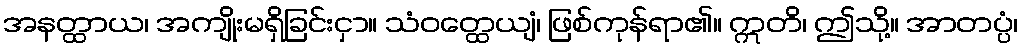
အနတ္ထာယ၊ အကျိုးမရှိခြင်းငှာ။ သံဝတ္ထေယျံ၊ ဖြစ်ကုန်ရာ၏။ ဣတိ၊ ဤသို့။ အာတပ္ပံ၊